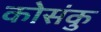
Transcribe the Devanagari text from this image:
कोसंकु